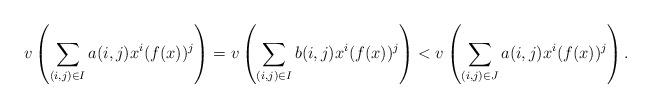
LaTeX: \begin{align*}v\left(\sum_{(i,j)\in I}a(i,j)x^i(f(x))^j\right)=v\left(\sum_{(i,j)\in I}b(i,j)x^i(f(x))^j\right)<v\left(\sum_{(i,j)\in J}a(i,j)x^i(f(x))^j\right).\end{align*}